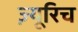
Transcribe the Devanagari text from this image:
ज़्यूरिच